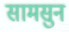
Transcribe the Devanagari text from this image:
सामसुन